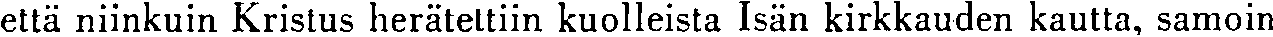
että niinkuin Kristus herätettiin kuolleista Isän kirkkauden kautta, samoin